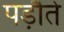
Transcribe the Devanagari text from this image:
पड़ौते